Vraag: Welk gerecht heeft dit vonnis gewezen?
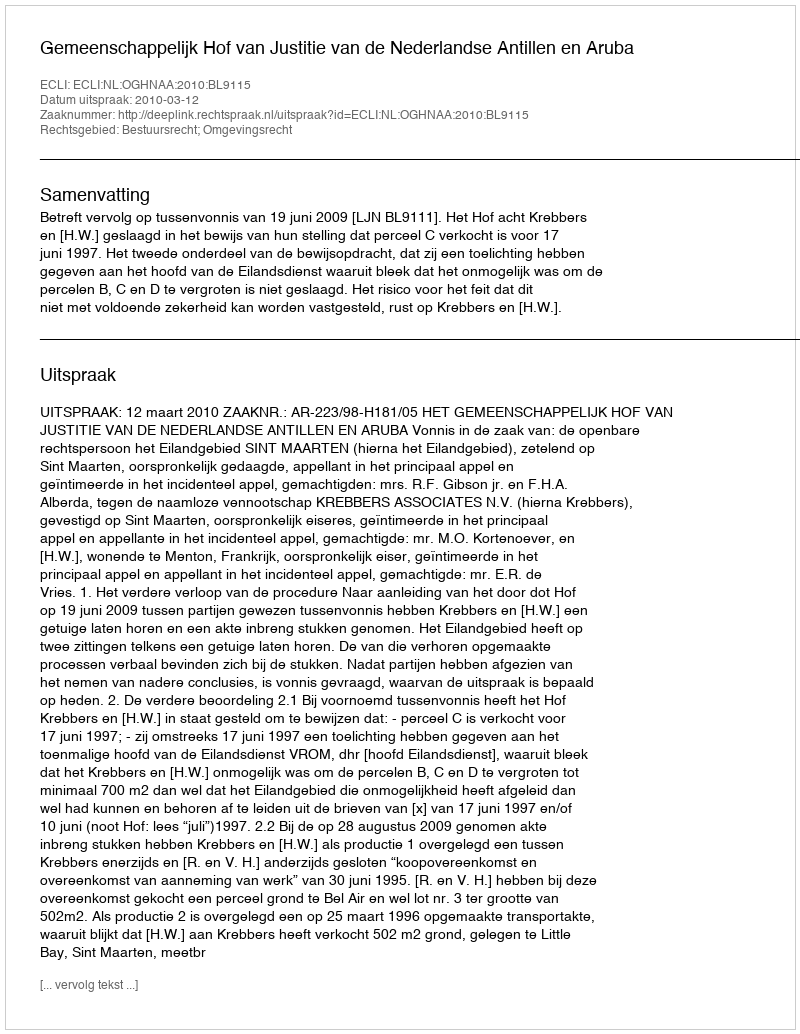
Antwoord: Gemeenschappelijk Hof van Justitie van de Nederlandse Antillen en Aruba